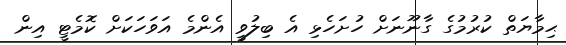
ޙިމާޔަތް ކުރުމުގެ ގާނޫނަށް ހުށަހެޅި އެ ބިލުވީ އެންމެ އަވަހަކަށް ކޮމެޓީ އިން